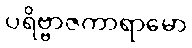
ပရိဗ္ဗာဇကာရာမော